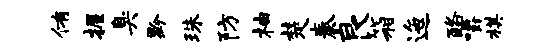
侑握臭黔珠防柚楚奏良箱迤酪嚼棋